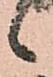
候